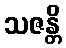
သဇန္တိ